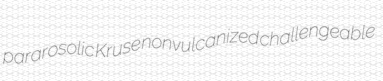
pararosolic Kruse nonvulcanized challengeable